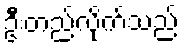
ဦးတည်လိုက်သည်